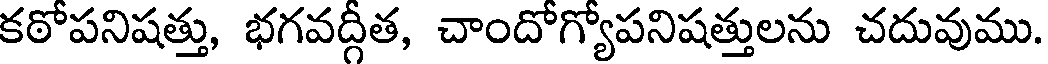
కఠోపనిషత్తు, భగవద్గీత, చాందోగ్యోపనిషత్తులను చదువుము